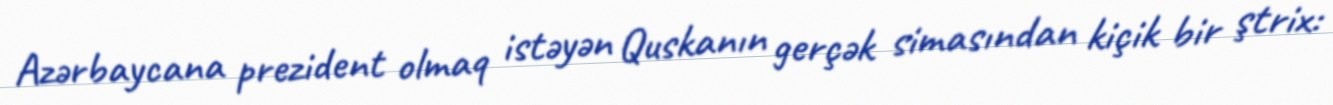
Azərbaycana prezident olmaq istəyən Quskanın gerçək simasından kiçik bir ştrix: